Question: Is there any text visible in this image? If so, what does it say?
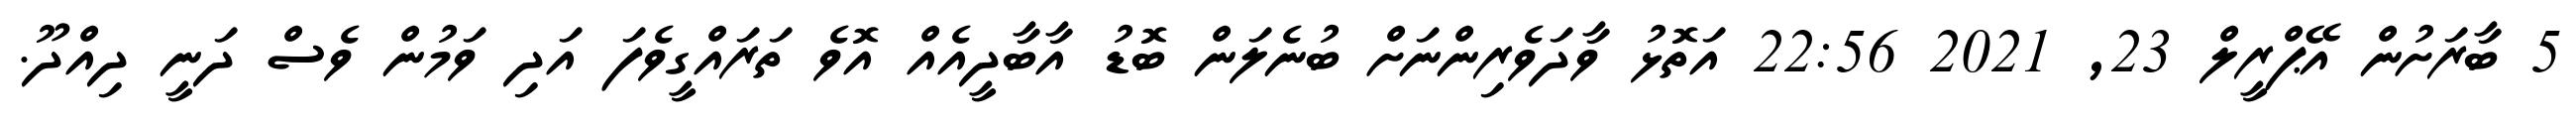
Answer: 5 ބާރަށުން އޭޕްރީލް 23, 2021 22:56 އަތޮޅު ވާދަވެރިންނަށް ބުނެލަން ބޮޑު އާބާދީއެއް އޮވެ ތަރައްގީވެފަ އަދި ވަމުން ވެސް ދަނީ ދިއްދޫ.